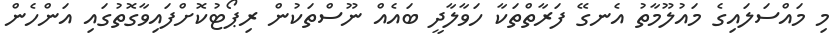
މި މައްސަލައިގެ މައުލޫމާތު އެނގޭ ފަރާތްތަކާ ހަވާލާދީ ބައެއް ނޫސްތަކުން ރިޕޯޓުކޮށްފައިވާގޮތުގައި އަންހެން